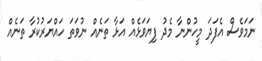
ނަމަވެސް އެފަދަ މީހުންނާ މެދު ފިޔަވަޅެއް އަޅާ ތަނެއް ނުވަތަ ހައްޔަރުކުރާ ތަނެއް